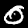
Digit: 0